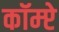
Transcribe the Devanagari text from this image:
कॉम्प्टे